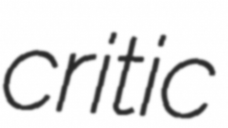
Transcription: critic